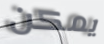
يمكن